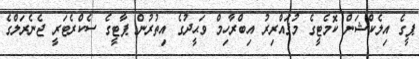
ޕީގެ އިލެކްޝަން ކޮމެޓީގެ މުޤައްރިރު އިބްރާހިމް ވަޙީދުގެ އިތުރުން ޕާޓީގެ ސެކްރެޓަރީ ޖެނެރަލްގެ